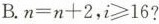
B.$$n = n + 2$$，$$i ≥ 1 6$$？